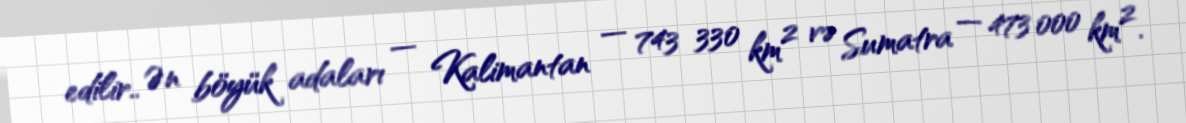
edilir.. Ən böyük adaları — Kalimantan — 743 330 km² və Sumatra — 473 000 km².